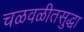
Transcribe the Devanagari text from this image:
चळवळीतसुद्धा